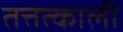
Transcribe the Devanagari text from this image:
तत्तत्कालीं